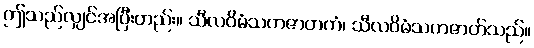
ဤသည်လျှင်အပြီးတည်း။ သီလဝိမံသကဇာတကံ၊ သီလဝိမံသကဇာတ်သည်။